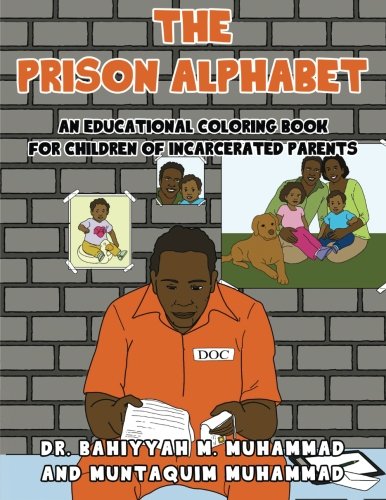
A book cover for The Prison Alphabet: An Educational Coloring Book for Children of Incarcerated Parents (Project Iron Kids); Dr. Bahiyyah Muhammad; Children's Books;